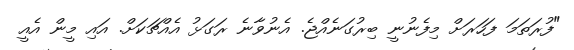
"ފުރަތަމަ ފަހަރަށް މިފެނުނީ ބިރުގަނެއްޖެ. އެނުވާނެ ރަގަޅު އެއްޗަކަށް. އައި މީން އެއީ